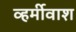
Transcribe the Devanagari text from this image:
व्हर्मीवाश